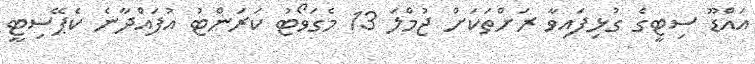
އައްޑޫ ސިޓީގެ ގުޅިފައިވާ ރަށްތަކަށް ޖުމްލަ 13 މެގަވޯޓު ކަރަންޓު އުފައްދާނެ ކެޕޭސިޓީ